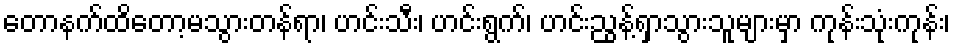
တောနက်ထိတော့မသွားတန်ရာ၊ ဟင်းသီး၊ ဟင်းရွက်၊ ဟင်းညွန့်ရှာသွားသူများမှာ ကုန်းသုံးကုန်း၊